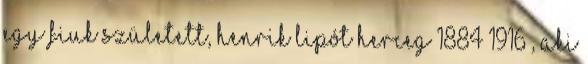
Egy fiuk született, Henrik Lipót herceg 1884–1916 , aki